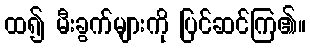
ထ၍ မီးခွက်များကို ပြင်ဆင်ကြ၏။